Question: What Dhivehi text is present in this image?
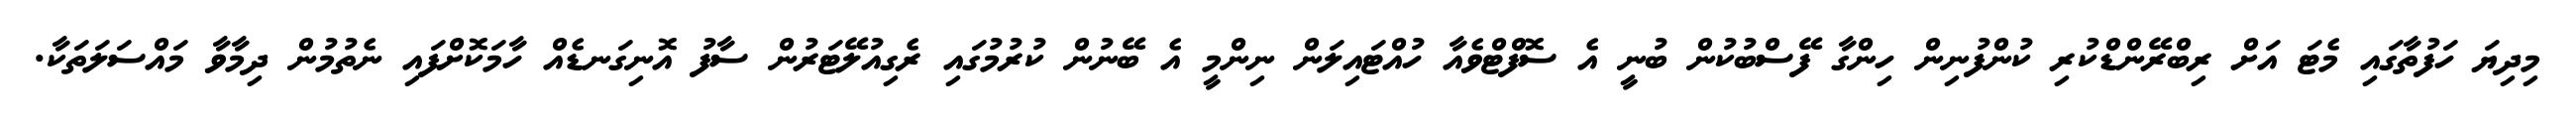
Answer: މިދިޔަ ހަފުތާގައި މެޓަ އަށް ރިބްރޭންޑްކުރި ކުންފުނިން ހިންގާ ފޭސްބުކުން ބުނީ އެ ސޮފްޓްވެއާ ހުއްޓައިލަން ނިންމީ އެ ބޭނުން ކުރުމުގައި ރެގިއުލޭޓަރުން ސާފު އޮނިގަނޑެއް ހާމަކޮށްފައި ނެތުމުން ދިމާވާ މައްސަލަތަކާ.